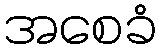
အစေခံ